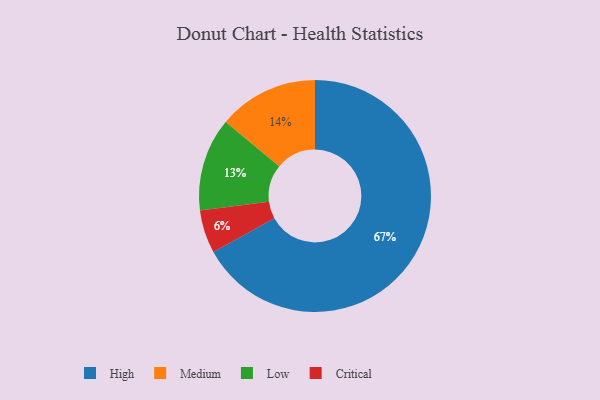
{"axis": {"x": "Category", "y": "Percentage"}, "legend": ["Critical", "High", "Low", "Medium"], "data": [{"x": "High", "y": 67, "type": "High"}, {"x": "Critical", "y": 6, "type": "Critical"}, {"x": "Low", "y": 13, "type": "Low"}, {"x": "Medium", "y": 14, "type": "Medium"}]}